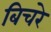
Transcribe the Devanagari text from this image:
बिचरे